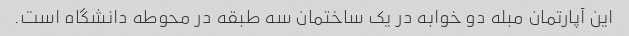
این آپارتمان مبله دو خوابه در یک ساختمان سه طبقه در محوطه دانشگاه است.